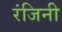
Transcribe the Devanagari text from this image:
रंजिनी